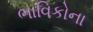
ભાવિકોના